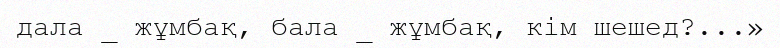
дала _ жұмбақ, бала _ жұмбақ, кім шешед?...»